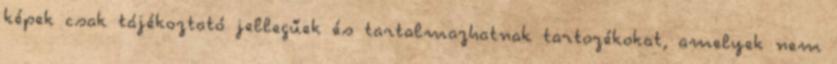
képek csak tájékoztató jellegűek és tartalmazhatnak tartozékokat, amelyek nem